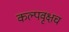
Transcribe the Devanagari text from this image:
कल्पवृक्षच